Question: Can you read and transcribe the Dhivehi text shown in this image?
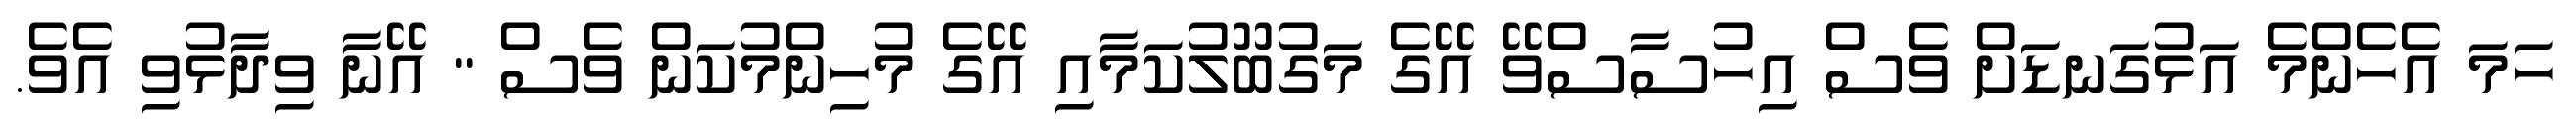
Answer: ހަމަ އެހެންމެ އަޅުގަނޑަށް ވެސް އިހުސާސްވޭ އޭގެ މަގުބޫލުކަމާއި އޭގެ މުހިންމުކަން ވެސް " އޭނާ ވިދާޅުވި އެވެ.